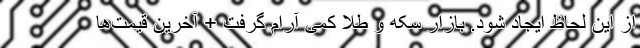
از این لحاظ ایجاد شود. بازار سکه و طلا کمی آرام گرفت + آخرین قیمت‌ها